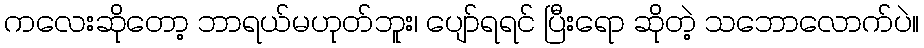
ကလေးဆိုတော့ ဘာရယ်မဟုတ်ဘူး၊ ပျော်ရရင် ပြီးရော ဆိုတဲ့ သဘောလောက်ပဲ။